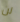
لن